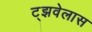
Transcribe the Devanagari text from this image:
ट्झवेलास